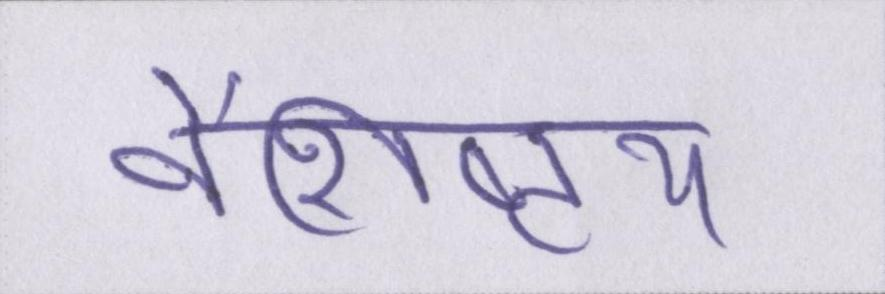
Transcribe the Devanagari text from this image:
वैशिष्ट्य